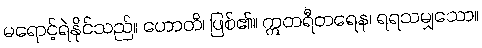
မရောင့်ရဲနိုင်သည်။ ဟောတိ၊ ဖြစ်၏။ ဣတရီတရေန၊ ရရသမျှသော။